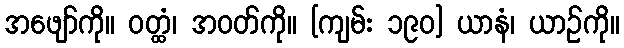
အဖျော်ကို။ ဝတ္ထံ၊ အဝတ်ကို။ [ကျမ်း ၁၉၀] ယာနံ၊ ယာဉ်ကို။